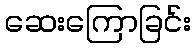
ဆေးကြောခြင်း